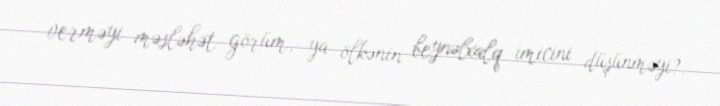
verməyi məsləhət görüm, ya ölkənin beynəlxalq imicini düşünməyi?.